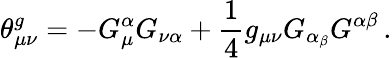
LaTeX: \theta_{\mu\nu}^{g}=-G_{\mu}^{\alpha}G_{\nu\alpha}+\frac{1}{4}g_{\mu\nu}G_{{\alpha_{\beta}}}G^{\alpha\beta}{}\, .